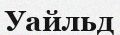
Уайльд